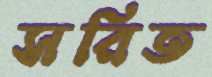
সরিত